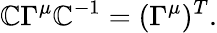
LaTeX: \mathbb{C}\Gamma^{\mu}\mathbb{C}^{-1}=(\Gamma^{\mu})^{T}.